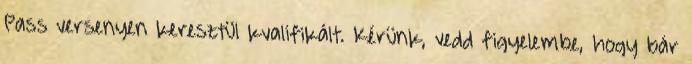
Pass versenyen keresztül kvalifikált. Kérünk, vedd figyelembe, hogy bár